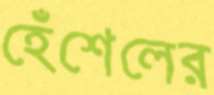
হেঁশেলের